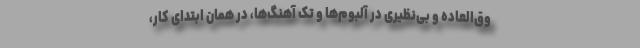
وق‌العاده و بی‌نظیری در آلبوم‌ها و تک آهنگ‌ها، در همان ابتدای کار،